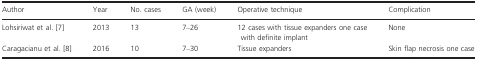
| Author | Year | No. cases | GA (week) | Operative technique | Complication |
 | --- | --- | --- | --- | --- | --- |
 | Lohsiriwat et al. 7 | 2013 | 13 | 7–26 | 12 cases with tissue expanders one case with definite implant | None |
 | Caragacianu et al. 8 | 2016 | 10 | 7–30 | Tissue expanders | Skin flap necrosis one case |